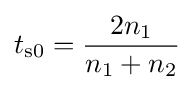
t_{\text{s0}}={\frac {2n_{1}}{n_{1}+n_{2}}}